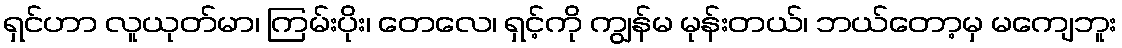
ရှင်ဟာ လူယုတ်မာ၊ ကြမ်းပိုး၊ တေလေ၊ ရှင့်ကို ကျွန်မ မုန်းတယ်၊ ဘယ်တော့မှ မကျေဘူး